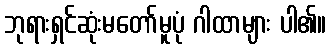
ဘုရားရှင်ဆုံးမတော်မူပုံ ဂါထာများ ပါ၏။